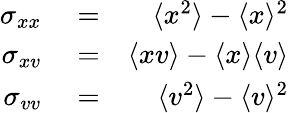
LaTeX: \begin{array}{rlr}{\sigma_{xx}}&{{}=}&{\langle x^{2}\rangle-\langle x\rangle^{2}}\\ {\sigma_{xv}}&{{}=}&{\langle xv\rangle-\langle x\rangle\langle v\rangle}\\ {\sigma_{vv}}&{{}=}&{\langle v^{2}\rangle-\langle v\rangle^{2}}\end{array}